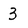
Character: 3